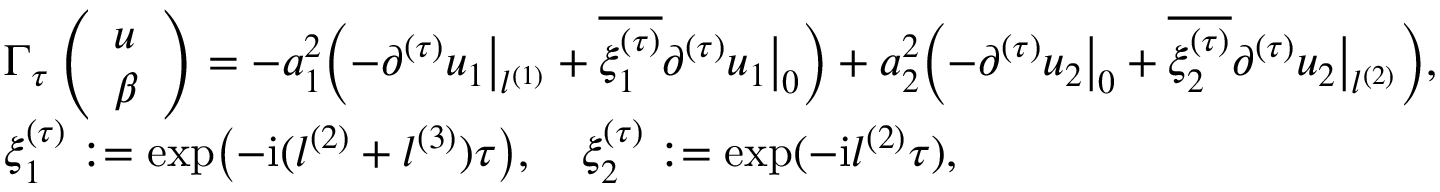
\begin{array} { r l } & { \Gamma _ { \tau } \left( \begin{array} { l } { u } \\ { \beta } \end{array} \right) = - a _ { 1 } ^ { 2 } \Bigl ( - \partial ^ { ( \tau ) } u _ { 1 } \big \vert _ { l ^ { ( 1 ) } } + \overline { { \xi _ { 1 } ^ { ( \tau ) } } } \partial ^ { ( \tau ) } u _ { 1 } \big \vert _ { 0 } \Bigr ) + a _ { 2 } ^ { 2 } \Bigl ( - \partial ^ { ( \tau ) } u _ { 2 } \big \vert _ { 0 } + \overline { { \xi _ { 2 } ^ { ( \tau ) } } } \partial ^ { ( \tau ) } u _ { 2 } \big \vert _ { l ^ { ( 2 ) } } \Bigr ) , } \\ & { \xi _ { 1 } ^ { ( \tau ) } : = \exp \bigl ( - \mathrm { i } ( l ^ { ( 2 ) } + l ^ { ( 3 ) } ) \tau \bigr ) , \quad \xi _ { 2 } ^ { ( \tau ) } : = \exp ( - \mathrm { i } l ^ { ( 2 ) } \tau ) , } \end{array}